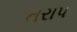
તરાપ